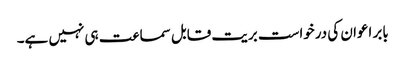
بابر اعوان کی درخواست بریت قابل سماعت ہی نہیں ہے۔